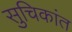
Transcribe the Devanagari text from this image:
सुचिकांत